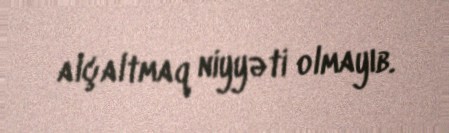
alçaltmaq niyyəti olmayıb.